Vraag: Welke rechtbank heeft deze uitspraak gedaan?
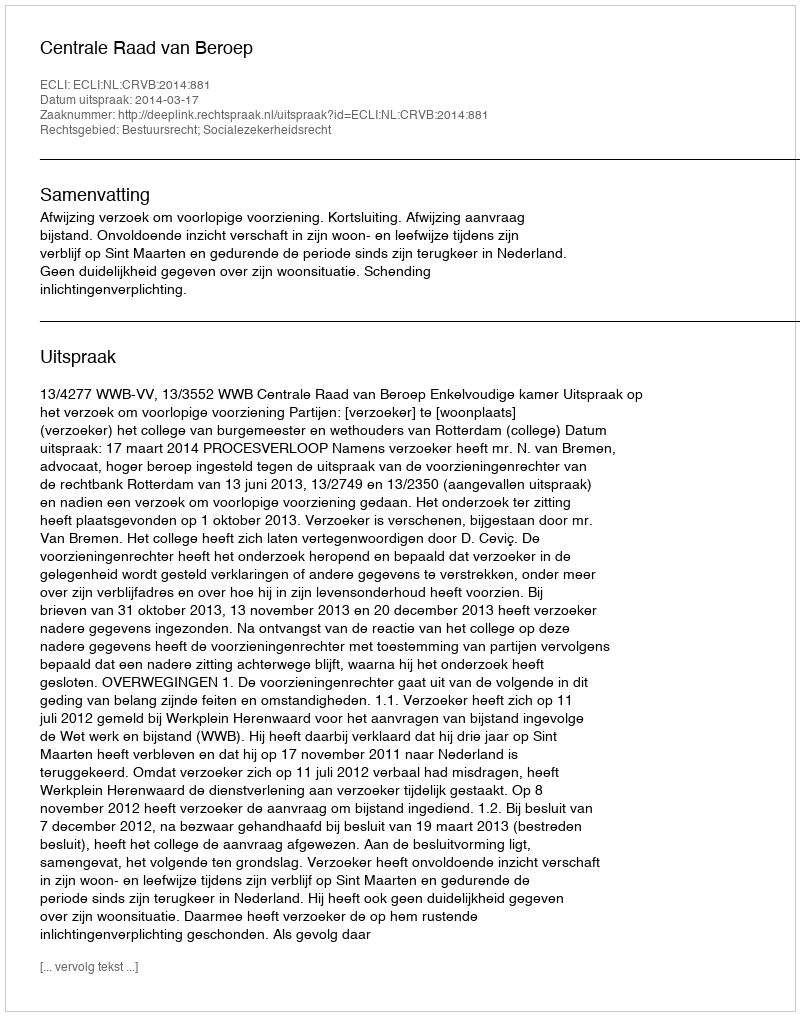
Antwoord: Centrale Raad van Beroep